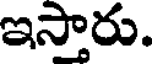
ఇస్తారు.